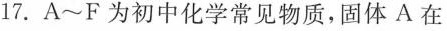
17.A~F为初中化学常见物质，固体A在